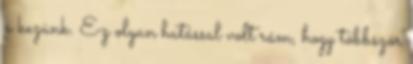
a kezünk. Ez olyan hatással volt rám, hogy többször